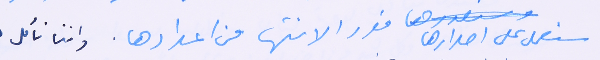
سنعمل على اصدارها فور الانتها من اعدادها. واننا نأمل